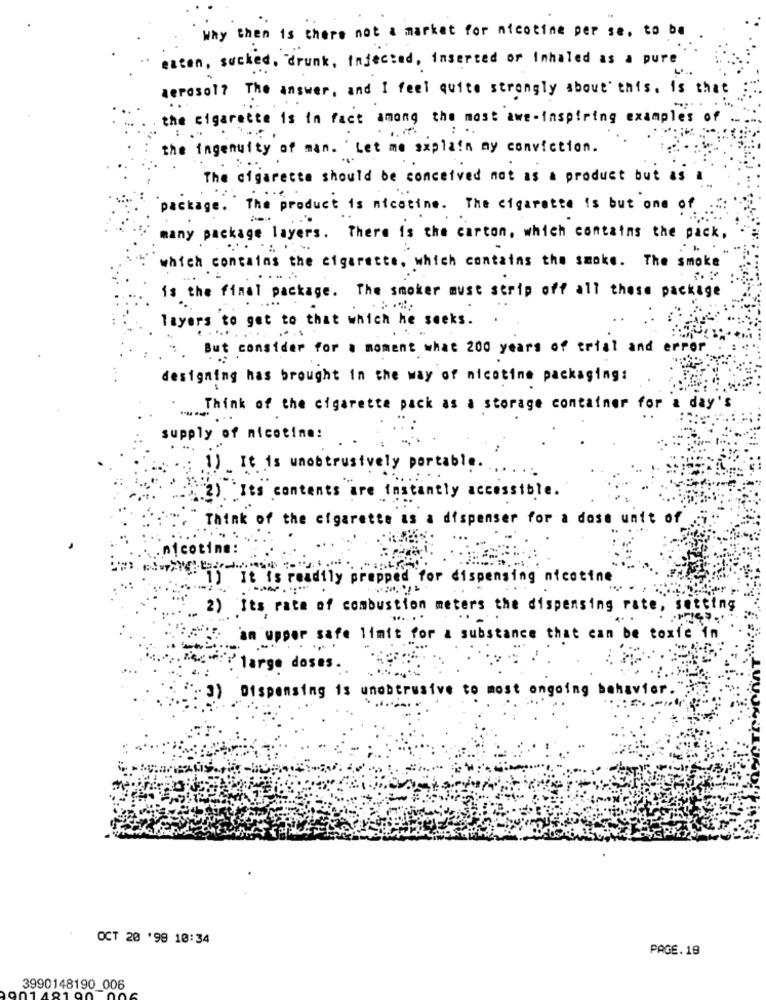
Why then is there not a market for nicotine per se, to be
exten, sucked, drunk, Infected, inserted or Inhaled as a pure
aerosol? The answer, and I feel quite strongly about this, is that
the cigarette is in fact among the most awe-inspiring examples
:
the ingenuity of man. Let me explain my conviction.
The cigarette should be conceived not as a product but as a
package. The product is nicotine. The cigarette is but one of
many package layers. There is the carton, which contains the pack,
which contains the cigarette, which contains the smoke. The smoke
...
is the final package. The smoker must strip off all these package
layers to get to that which he seeks .
But consider for a moment what 200 years of trial and error
designing has brought in the way of nicotine packaging:
Think of the cigarette pack as a storage container for a day
supply of nicotine:
.1). It is unobtrusively portable.
.2). Its contents are instantly accessible.
Think of the cigarette as a dispenser for a dose unit of
... nicotina:
1) It is readily prepped for dispensing nicotine
2) Its rate of combustion meters the dispensing rate, setting
an upper safe limit for a substance that can be toxic in
large doses.
3) Dispensing is unobtrusive to most ongoing behavior.
OCT 20 '98 10:34
PAGE.19
3990148190_006
81 00